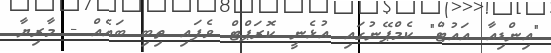
"އިންޑިއާ އައުޓް" ކެމްޕޭނުގައި އުޅެނީ ކޮރަޕްޓް ވެފައި ތިބި ބައެއް - މާރިޔާ